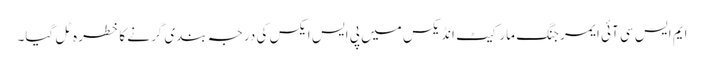
ایم ایس سی آئی ایمرجنگ مارکیٹ انڈیکس میں پی ایس ایکس کی درجہ بندی گرنے کا خطرہ ٹل گیا۔